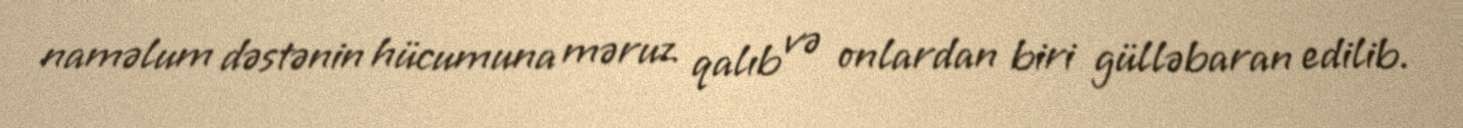
naməlum dəstənin hücumuna məruz qalıb və onlardan biri gülləbaran edilib.